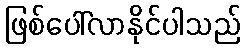
ဖြစ်ပေါ်လာနိုင်ပါသည်